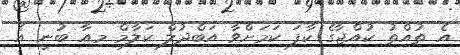
އެ ތުއްތު ކުއްޖާގެ ކާފަ ކަމަށްވާ އަބްދުލް ކަލާމް މިއާ ބުނީ އެ